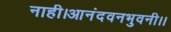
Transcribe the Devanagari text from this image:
नाही।आनंदवनभुवनी।।